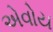
એવોય